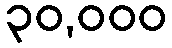
၃၀,၀၀၀